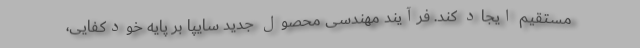
مستقیم ایجاد کند. فرآیند مهندسی محصول جديد سایپا بر پایه خودکفایی،